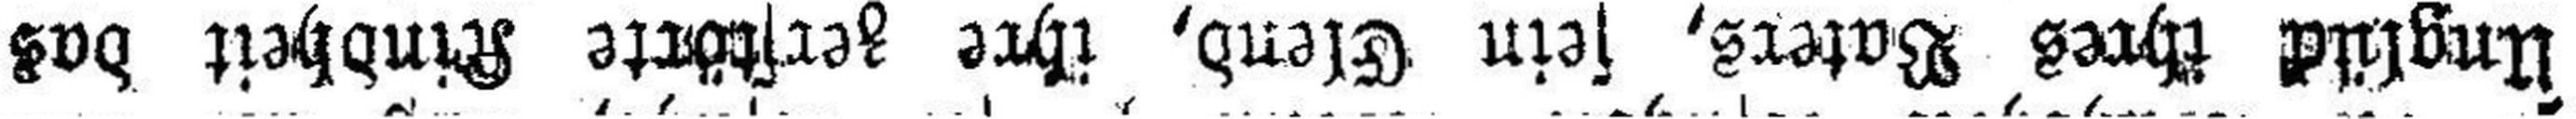
Unglück ihres Vaters, sein Elend, ihre zerstörte Kindheit das